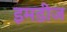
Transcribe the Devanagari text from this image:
इमडीज